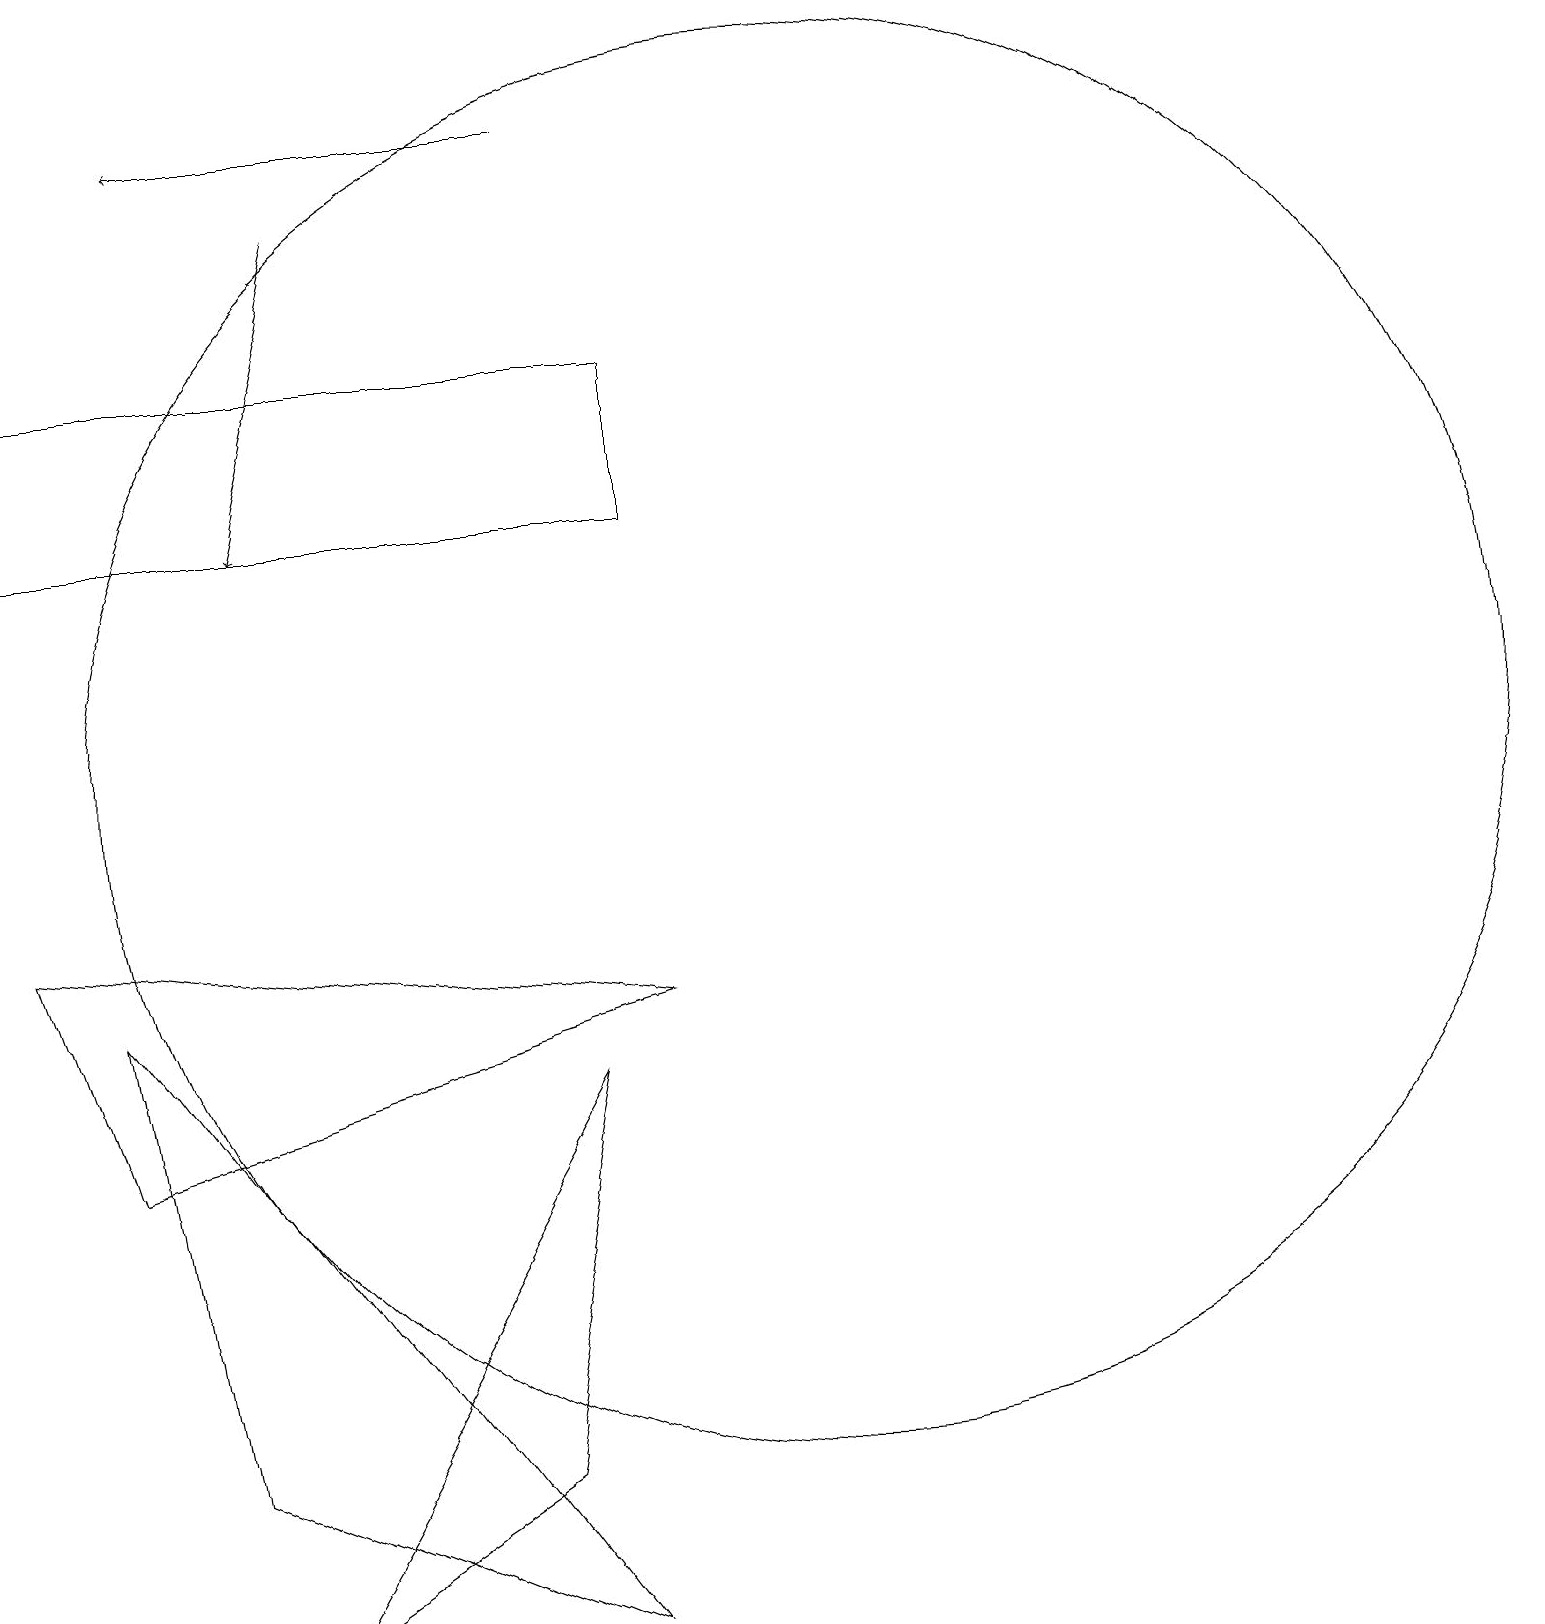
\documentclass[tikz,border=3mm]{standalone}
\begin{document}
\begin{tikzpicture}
\draw (1,6) -- (8,8) -- (0,9) -- cycle;
\draw (0,16) rectangle (8,14);
\draw (3,0) -- (6,2) -- (7,7) -- cycle;
\draw (1,8) -- (2,2) -- (7,0) -- cycle;
\draw[->] (7,19) -- (2,19);
\draw (10,11) circle (9);
\draw[->] (4,18) -- (3,14);
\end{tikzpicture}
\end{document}